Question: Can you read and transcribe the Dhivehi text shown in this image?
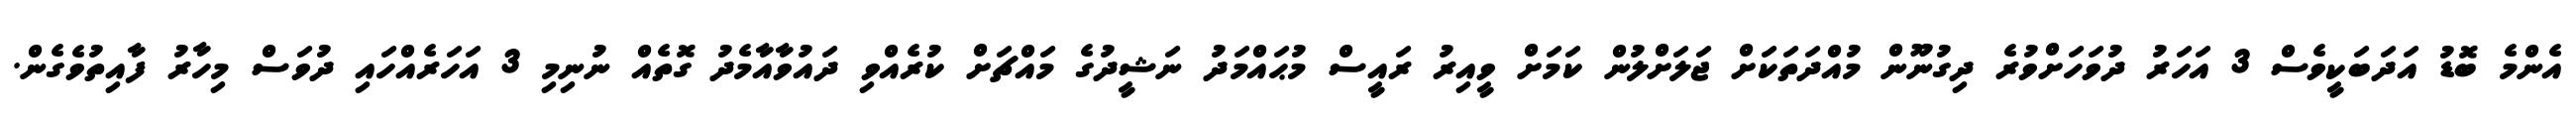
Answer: އެންމެ ބޮޑު އަދަބަކީވެސް 3 އަހަރު ދުވަހަށްވުރެ ދިގުނޫން މުއްދަތަކަށް ޖަލަށްލުން ކަމަށް ވީއިރު ރައީސް މުޙައްމަދު ނަޝީދުގެ މައްޗަށް ކުރެއްވި ދައުވާއާމެދު ގޮތެއް ނުނިމި 3 އަހަރެއްހައި ދުވަސް މިހާރު ފާއިތުވެގެން.